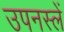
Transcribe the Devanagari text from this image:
उपनस्लें